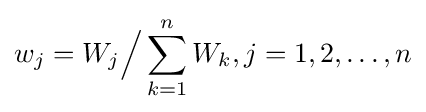
w_{j}=W_{j}{\Big /}\sum _{k=1}^{n}W_{k},j=1,2,\ldots ,n